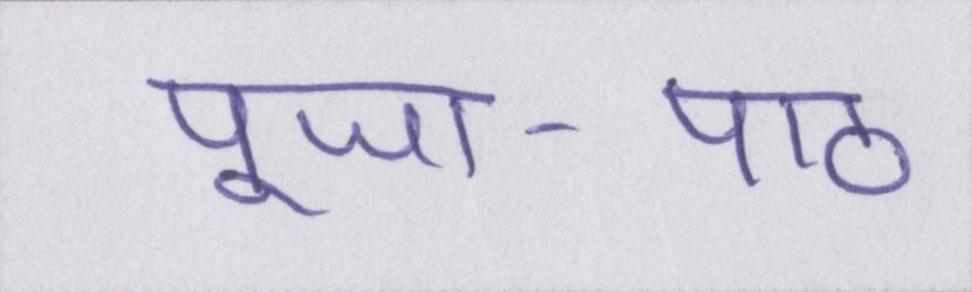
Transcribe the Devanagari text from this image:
पूजा-पाठ